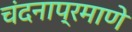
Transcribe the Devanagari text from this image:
चंदनाप्रमाणे